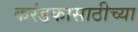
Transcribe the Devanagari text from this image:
करंडकासाठीच्या